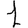
Digit: 1